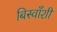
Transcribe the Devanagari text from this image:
बिस्वाँशी